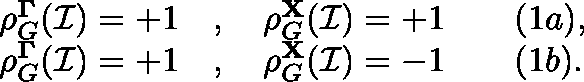
\begin{array} { r l } { \rho _ { G } ^ { \mathbf { \Gamma } } ( \mathcal { I } ) = + 1 } & { { } , \quad \rho _ { G } ^ { \mathbf { X } } ( \mathcal { I } ) = + 1 \qquad ( 1 a ) , } \\ { \rho _ { G } ^ { \mathbf { \Gamma } } ( \mathcal { I } ) = + 1 } & { { } , \quad \rho _ { G } ^ { \mathbf { X } } ( \mathcal { I } ) = - 1 \qquad ( 1 b ) . } \end{array}